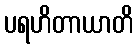
ပရဟိတာယာတိ